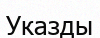
Указды